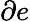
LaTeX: \partial e